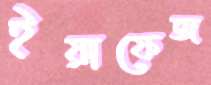
ইয়াফেজ